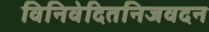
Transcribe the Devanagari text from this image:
विनिवेदितनिजवदन